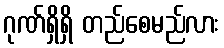
ဂုဏ်ရှိရှိ တည်စေမည်လား